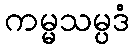
ကမ္မသမ္ပဒံ